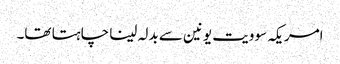
امریکہ سوویت یونین سے بدلہ لینا چاہتا تھا۔